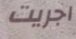
اجريت